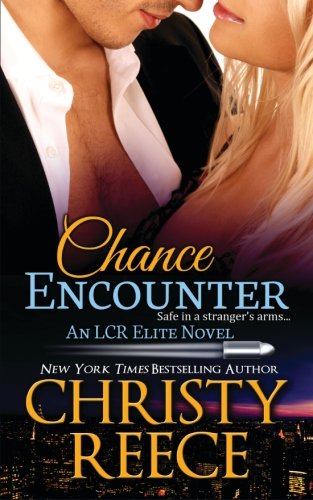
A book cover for Chance Encounter: An LCR Elite Novel (Volume 2); Christy Reece; Romance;